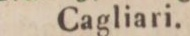
Cagliari.